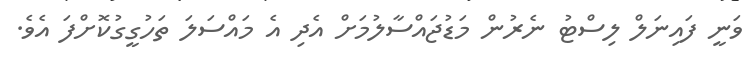
ވަނީ ފައިނަލް ލިސްޓު ނެރުން މަޑުޖައްސާލުމަށް އެދި އެ މައްސަލަ ތަހުގީގުކޮށްފަ އެވެ.